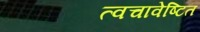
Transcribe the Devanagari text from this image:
त्वचावेष्टित